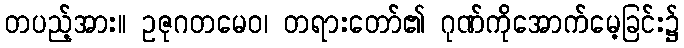
တပည့်အား။ ဥဇုဂတမေဝ၊ တရားတော်၏ ဂုဏ်ကိုအောက်မေ့ခြင်း၌